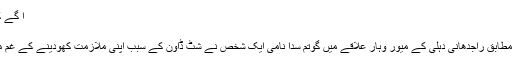
آ گے کنواں پیچھے کھائی - HindNews
آ گے کنواں پیچھے کھائی
ہندی روزنامہ” نوبھارت ٹائمز” کے مطابق راجدھانی دہلی کے میور وہار علاقے میں گوتم سدا نامی ایک شخص نے شٹ ڈاؤن کے سبب اپنی ملازمت کھودینے کے غم میں پیڑ سے لٹک کر خود کشی کرلی۔